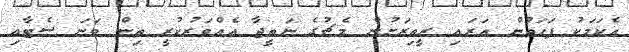
އެކަމަކު ފަހަތުން އަރައި ރީތިރަށުން މެޗުގެ ނަތީޖާ އެއްވަރުކުރީ ތިން ވަނަ ސެޓާއި